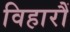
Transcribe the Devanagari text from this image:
विहारौं